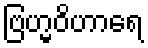
ဗြဟ္မဝိဟာရေ